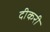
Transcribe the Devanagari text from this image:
दीकरी